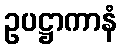
ဥပဋ္ဌာကာနံ